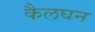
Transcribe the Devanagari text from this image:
कैलघन